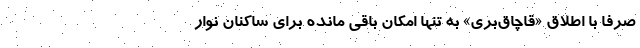
صرفا با اطلاق «قاچاق‌بري» به تنها امكان باقي مانده براي ساكنان نوار